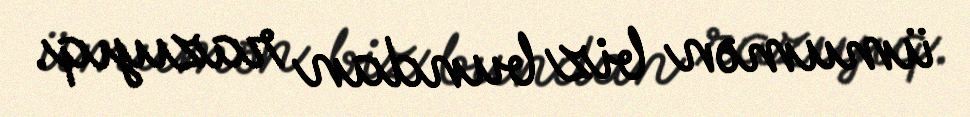
ümumən biz bundan razıyıq.